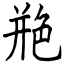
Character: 艵